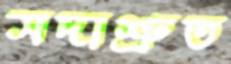
সদাশ্রুত